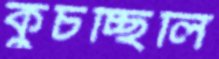
কুচচ্ছিলি